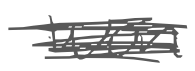
Text: won
Cross-out: scratch
Writing tool: digital_gray